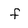
Character: f